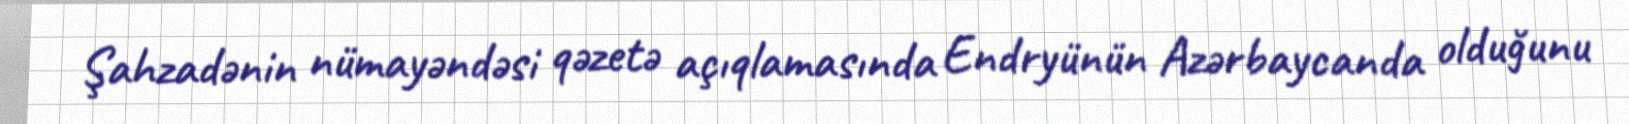
Şahzadənin nümayəndəsi qəzetə açıqlamasında Endryünün Azərbaycanda olduğunu